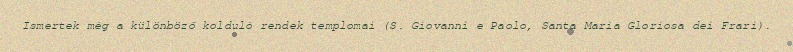
Ismertek még a különböző kolduló rendek templomai (S. Giovanni e Paolo, Santa Maria Gloriosa dei Frari).